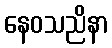
နေဝသညိနာ